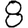
Digit: 8